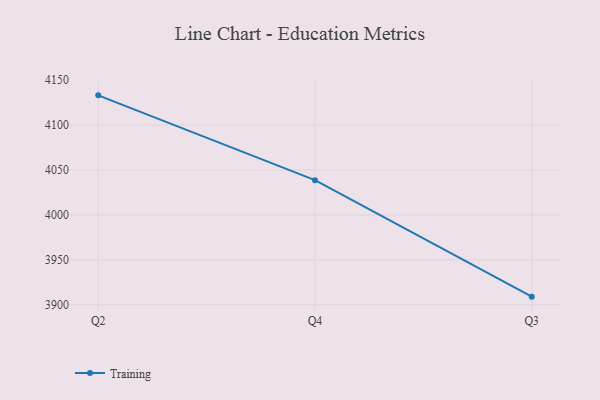
{"axis": {"x": "Quarter", "y": "Shipments"}, "legend": ["Training"], "data": [{"x": "Q2", "y": 4133.1, "type": "Training"}, {"x": "Q4", "y": 4038.7, "type": "Training"}, {"x": "Q3", "y": 3909.0, "type": "Training"}]}